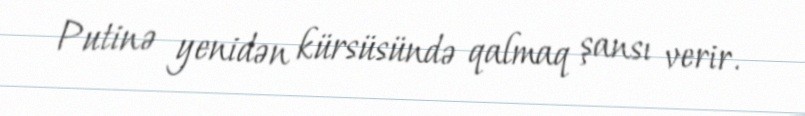
Putinə yenidən kürsüsündə qalmaq şansı verir.